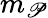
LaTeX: m_{\mathscr{P}}